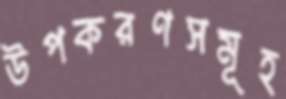
উপকরণসমূহ